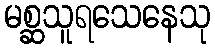
မစ္ဆသူရသေနေသု